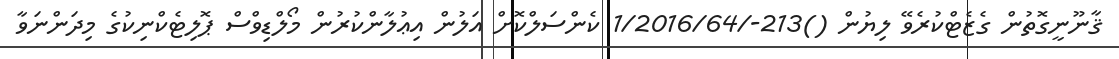
ޤާނޫނީގޮތުން ގެޒެޓްކުރެވޭ ލިޔުން ()213-/1/2016/64 ކެންސަލްކޮށް އަލުން އިޢުލާންކުރުން މޯލްޑިވްސް ޕޮލިޓެކްނިކުގެ މިދަންނަވާ